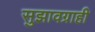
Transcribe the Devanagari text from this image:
सुझावग्राही